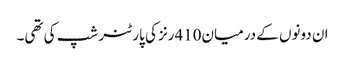
ان دونوں کے درمیان410رنز کی پارٹنر شپ کی تھی۔